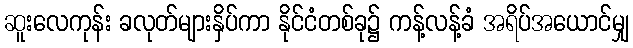
ဆူးလေကုန်း ခလုတ်များနှိပ်ကာ နိုင်ငံတစ်ခု၌ ကန့်လန့်ခံ အရိပ်အယောင်မျှ